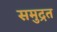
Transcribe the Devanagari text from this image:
समुद्रत